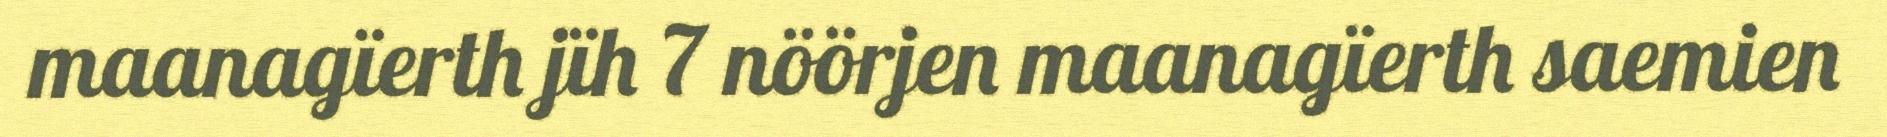
maanagïerth jïh 7 nöörjen maanagïerth saemien